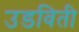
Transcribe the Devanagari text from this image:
उडविती